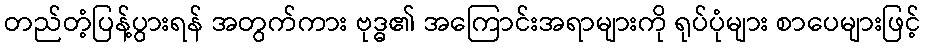
တည်တံ့ပြန့်ပွားရန် အတွက်ကား ဗုဒ္ဓ၏ အကြောင်းအရာများကို ရုပ်ပုံများ စာပေများဖြင့်